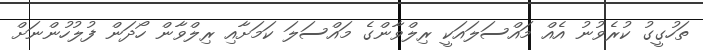
ތަހުގީގު ކުރެވުނު އެއް މައްސަލައަކީ ރިލްވާންގެ މައްސަލަ ކަމަށާއި ރިލްވާން ހޯދަން ފުލުހުންނަށް